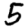
Digit: 5